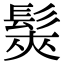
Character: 𩭌